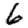
Digit: 6